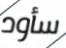
سأود